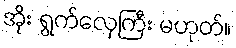
အိုး ရွက်လှေကြီး မဟုတ်။